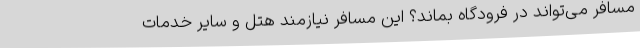
مسافر می‌تواند در فرودگاه بماند؟ این مسافر نیازمند هتل و سایر خدمات